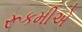
રૂકમીએ